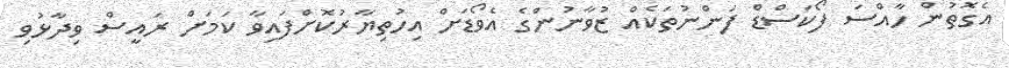
އެގޮތުން ހާއްސަ ފޯކަސްޑް ފަންނުތަކެއް ޒުވާނުންގެ އެވޯޑަށް އިހުތިޔާރުކޮށްފައިވާ ކަމަށް ރައީސް ވިދާޅުވި